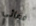
فضائي